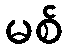
မစ်